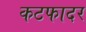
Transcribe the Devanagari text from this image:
कटफादर